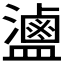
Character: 𬐻